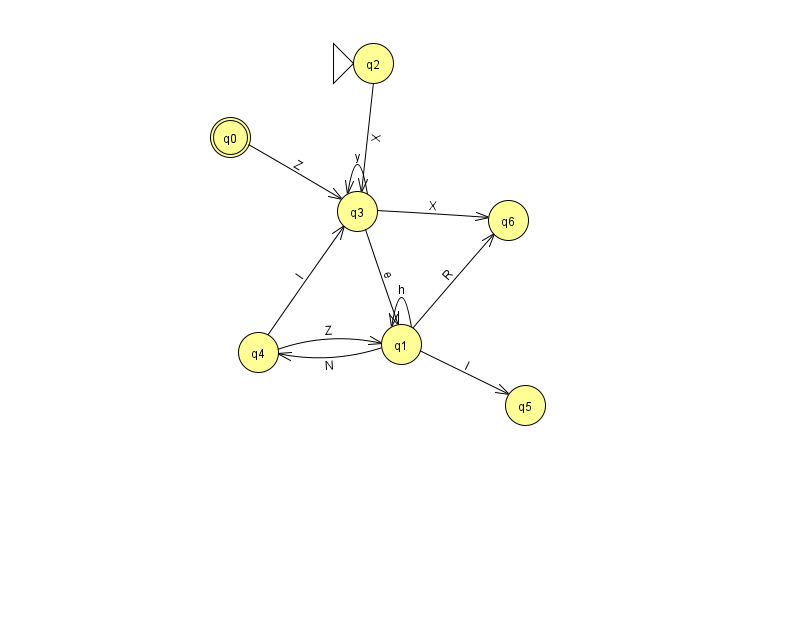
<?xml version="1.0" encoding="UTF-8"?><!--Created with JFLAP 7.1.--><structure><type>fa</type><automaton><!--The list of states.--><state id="0" name="q0"><x>230.0</x><y>124.0</y><final/></state><state id="1" name="q1"><x>401.0</x><y>331.0</y></state><state id="2" name="q2"><x>373.0</x><y>50.0</y><initial/></state><state id="3" name="q3"><x>357.0</x><y>198.0</y></state><state id="4" name="q4"><x>258.0</x><y>339.0</y></state><state id="5" name="q5"><x>525.0</x><y>392.0</y></state><state id="6" name="q6"><x>508.0</x><y>207.0</y></state><!--The list of transitions.--><transition><from>1</from><to>5</to><read>l</read></transition><transition><from>0</from><to>3</to><read>Z</read></transition><transition><from>1</from><to>6</to><read>R</read></transition><transition><from>3</from><to>1</to><read>e</read></transition><transition><from>1</from><to>1</to><read>h</read></transition><transition><from>3</from><to>3</to><read>y</read></transition><transition><from>4</from><to>3</to><read>I</read></transition><transition><from>4</from><to>1</to><read>Z</read></transition><transition><from>2</from><to>3</to><read>X</read></transition><transition><from>3</from><to>6</to><read>X</read></transition><transition><from>1</from><to>4</to><read>N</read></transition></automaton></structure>